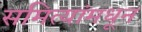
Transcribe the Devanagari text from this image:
समित्यांमधून